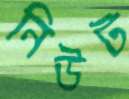
নিউট